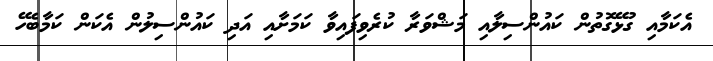
އެކަމާއި ގުޅޭގޮތުން ކައުންސިލާއި މަޝްވަރާ ކުރެވިފައިވާ ކަމަށާއި އަދި ކައުންސިލުން އެކަން ކަމާބެހޭ